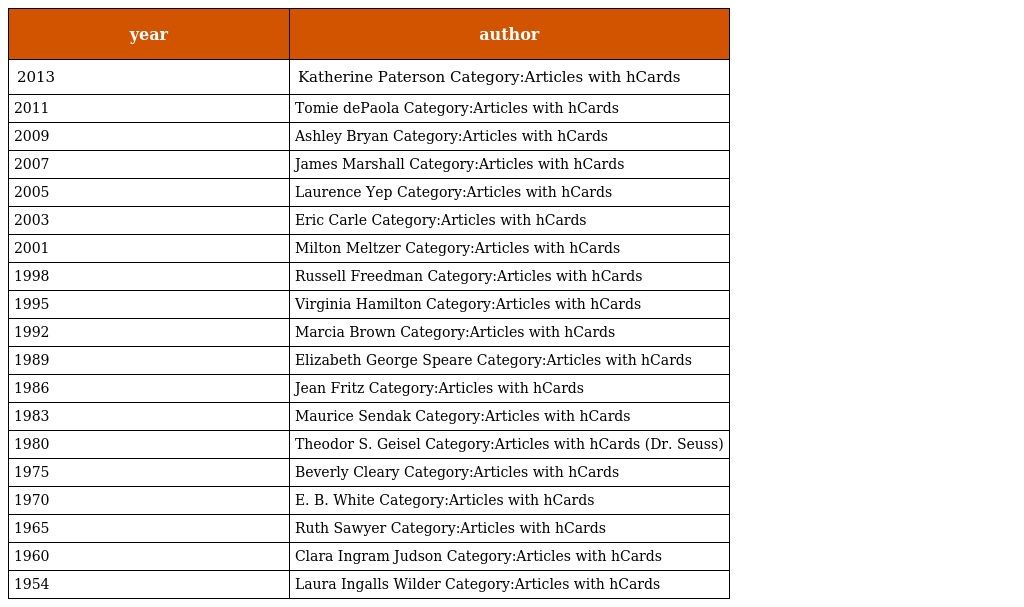
| year | author |
 | --- | --- |
 | 2013 | Katherine Paterson Category:Articles with hCards |
 | 2011 | Tomie dePaola Category:Articles with hCards |
 | 2009 | Ashley Bryan Category:Articles with hCards |
 | 2007 | James Marshall Category:Articles with hCards |
 | 2005 | Laurence Yep Category:Articles with hCards |
 | 2003 | Eric Carle Category:Articles with hCards |
 | 2001 | Milton Meltzer Category:Articles with hCards |
 | 1998 | Russell Freedman Category:Articles with hCards |
 | 1995 | Virginia Hamilton Category:Articles with hCards |
 | 1992 | Marcia Brown Category:Articles with hCards |
 | 1989 | Elizabeth George Speare Category:Articles with hCards |
 | 1986 | Jean Fritz Category:Articles with hCards |
 | 1983 | Maurice Sendak Category:Articles with hCards |
 | 1980 | Theodor S. Geisel Category:Articles with hCards (Dr. Seuss) |
 | 1975 | Beverly Cleary Category:Articles with hCards |
 | 1970 | E. B. White Category:Articles with hCards |
 | 1965 | Ruth Sawyer Category:Articles with hCards |
 | 1960 | Clara Ingram Judson Category:Articles with hCards |
 | 1954 | Laura Ingalls Wilder Category:Articles with hCards |